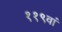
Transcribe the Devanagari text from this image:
११९वां